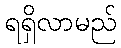
ရရှိလာမည်